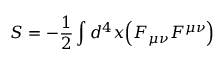
S = - { \frac { 1 } { 2 } } \int d ^ { 4 } x { \Big ( } F _ { \mu \nu } F ^ { \mu \nu } { \Big ) }